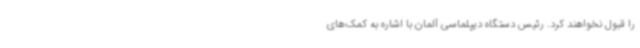
را قبول نخواهند کرد. رئیس دستگاه دیپلماسی آلمان با اشاره به کمک‌های